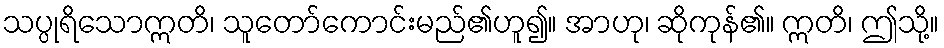
သပ္ပုရိသောဣတိ၊ သူတော်ကောင်းမည်၏ဟူ၍။ အာဟု၊ ဆိုကုန်၏။ ဣတိ၊ ဤသို့။